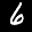
Label: 6